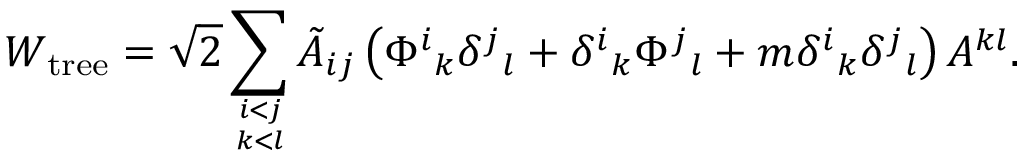
W _ { \mathrm { t r e e } } = \sqrt { 2 } \sum _ { i < j \atop k < l } \tilde { A } _ { i j } \left( \Phi ^ { i } { } _ { k } \delta ^ { j } { } _ { l } + \delta ^ { i } { } _ { k } \Phi ^ { j } { } _ { l } + m \delta ^ { i } { } _ { k } \delta ^ { j } { } _ { l } \right) A ^ { k l } .